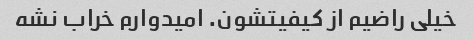
خیلی راضیم از کیفیتشون. امیدوارم خراب نشه